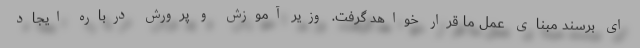
ای برسند مبنای عمل ما قرار خواهد گرفت. وزیر آموزش و پرورش درباره ایجاد